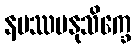
နမဿမနုသိက္ခေ